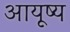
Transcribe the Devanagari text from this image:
आयूष्य